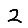
Digit: 2